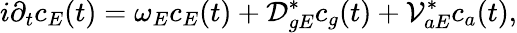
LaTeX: i\partial_{t}c_{E}(t)=ω_{E}c_{E}(t)+\mathcal{D}_{gE}^{*}c_{g}(t)+\mathcal{V}_{aE}^{*}c_{a}(t),